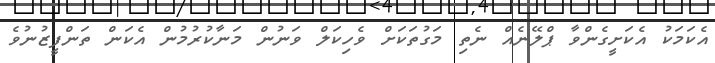
އެކަމަކު އެކަށީގެންވާ ޕްލޭނެއް ނެތި މަގުތަކަށް ވެހިކަލް ވަނުން މަނާކުރުމުން އެކަން ތަންފީޒުނުވެ